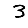
Digit: 3